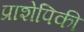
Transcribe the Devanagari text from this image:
प्राशेपिकी